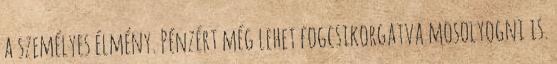
a személyes élmény. Pénzért még lehet fogcsikorgatva mosolyogni is.